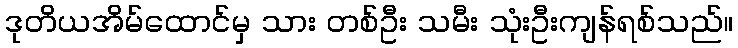
ဒုတိယအိမ်ထောင်မှ သား တစ်ဦး သမီး သုံးဦးကျန်ရစ်သည်။